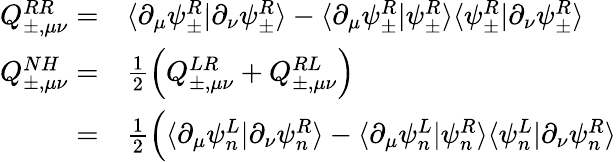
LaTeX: \begin{array}{rl}{Q_{\pm,\mu\nu}^{RR}=}&{{}\langle\partial_{\mu}\psi_{\pm}^{R}|\partial_{\nu}\psi_{\pm}^{R}\rangle-\langle\partial_{\mu}\psi_{\pm}^{R}|\psi_{\pm}^{R}\rangle\langle\psi_{\pm}^{R}|\partial_{\nu}\psi_{\pm}^{R}\rangle}\\ {Q_{\pm,\mu\nu}^{NH}=}&{{}\frac{1}{2}\Big(Q_{\pm,\mu\nu}^{LR}+Q_{\pm,\mu\nu}^{RL}\Big)}\\ {=}&{{}\frac{1}{2}\Big(\langle\partial_{\mu}\psi_{n}^{L}|\partial_{\nu}\psi_{n}^{R}\rangle-\langle\partial_{\mu}\psi_{n}^{L}|\psi_{n}^{R}\rangle\langle\psi_{n}^{L}|\partial_{\nu}\psi_{n}^{R}\rangle}\end{array}